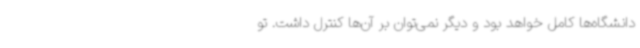
دانشگاه‌ها کامل خواهد بود و دیگر نمی‌توان بر آن‌ها کنترل داشت. تو